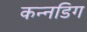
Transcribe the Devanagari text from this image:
कन्नडिग